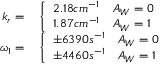
\begin{array} { r l } { k _ { r } = } & { { } \left\{ \begin{array} { l l } { 2 . 1 8 c m ^ { - 1 } } & { A _ { W } = 0 } \\ { 1 . 8 7 c m ^ { - 1 } } & { A _ { W } = 1 } \end{array} \right. } \\ { \omega _ { 1 } = } & { { } \left\{ \begin{array} { l l } { \pm 6 3 9 0 s ^ { - 1 } } & { A _ { W } = 0 } \\ { \pm 4 4 6 0 s ^ { - 1 } } & { A _ { W } = 1 } \end{array} \right. } \end{array}